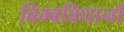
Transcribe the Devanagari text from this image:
बिम्बविधानों